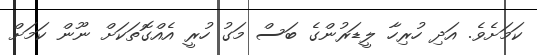
ކަމަށެވެ. އަދި ހުރިހާ ލީޑަރުންގެ ބަސް މަގު ހުރީ އެއްގޮތަކަށް ނޫން ކަމަށް